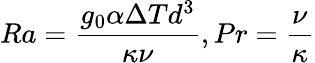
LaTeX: Ra=\frac{g_{0}\alpha\Delta Td^{3}}{\kappa\nu},Pr=\frac{\nu}{\kappa}